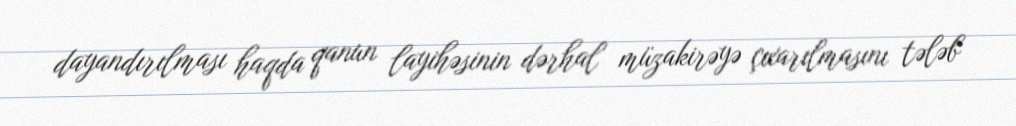
dayandırılması haqda qanun layihəsinin dərhal müzakirəyə çıxarılmasını tələb